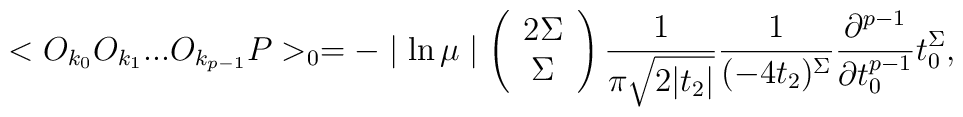
<O_{k_{0}} O_{k_{1}} ... O_{k_{p-1}} P>_{0} = - \mid \ln \mu \mid \left( \begin{array}{c}                      2\Sigma \\ \Sigma                     \end{array}  \right)\frac{1}{\pi \sqrt{2|t_{2}|}} \frac{1}{(-4t_{2})^{\Sigma}}\frac{\partial ^{p-1}}{\partial t_{0} ^{p-1}} t_{0} ^{\Sigma},